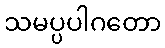
သမပ္ပပါဂတော